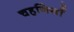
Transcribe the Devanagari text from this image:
चहनियाँ